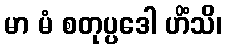
မာ မံ စတုပ္ပဒေါ ဟိံသိ၊